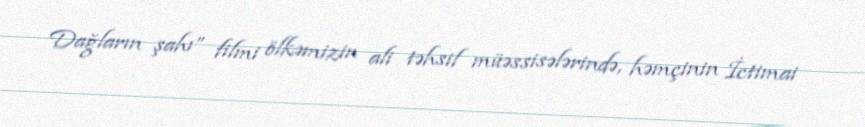
Dağların şahı” filmi ölkəmizin ali təhsil müəssisələrində, həmçinin İctimai